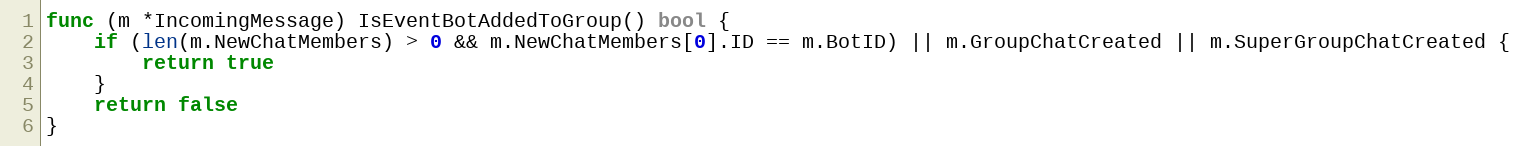
Language: Go
func (m *IncomingMessage) IsEventBotAddedToGroup() bool {
	if (len(m.NewChatMembers) > 0 && m.NewChatMembers[0].ID == m.BotID) || m.GroupChatCreated || m.SuperGroupChatCreated {
		return true
	}
	return false
}